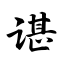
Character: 谌